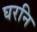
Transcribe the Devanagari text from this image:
घरनि